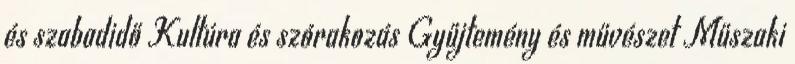
és szabadidő Kultúra és szórakozás Gyűjtemény és művészet Műszaki